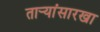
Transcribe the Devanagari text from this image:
तार्‍यांसारखा